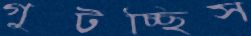
গুটচ্ছিস